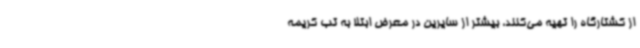
از کشتارگاه را تهیه می‌کنند، بیشتر از سایرین در معرض ابتلا به تب کریمه